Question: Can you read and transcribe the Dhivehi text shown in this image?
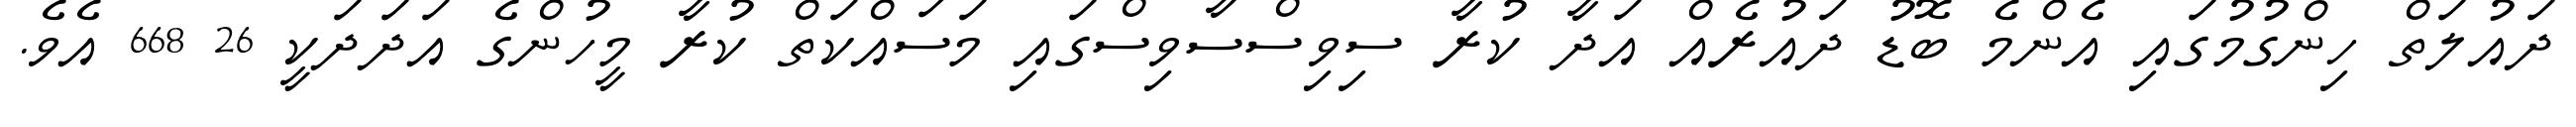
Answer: ދައުލަތް ހިންގުމުގައި އެންމެ ބޮޑު ދައުރެއް އަދާ ކުރާ ސިވިސްސާވިސްގައި މަސައްކަތް ކުރާ މީހުންގެ އަދަދަކީ 26 668 އެވެ.